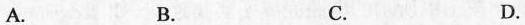
A。 B。 C。 D。